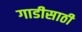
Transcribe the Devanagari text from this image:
गाडीसाठी